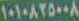
١٠١٠٨٢٥٠٠٨